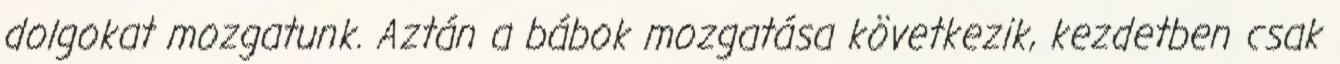
dolgokat mozgatunk. Aztán a bábok mozgatása következik, kezdetben csak